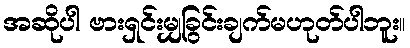
အဆိုပါ ဗားရှင်းမျှခြွင်းချက်မဟုတ်ပါဘူး။